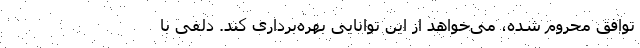
توافق محروم شده، می‌خواهد از این توانایی بهره‌برداری کند. دلفی با